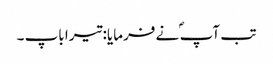
تب آپ ؐ نے فرمایا: تیرا باپ ۔